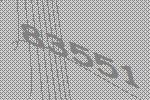
83551